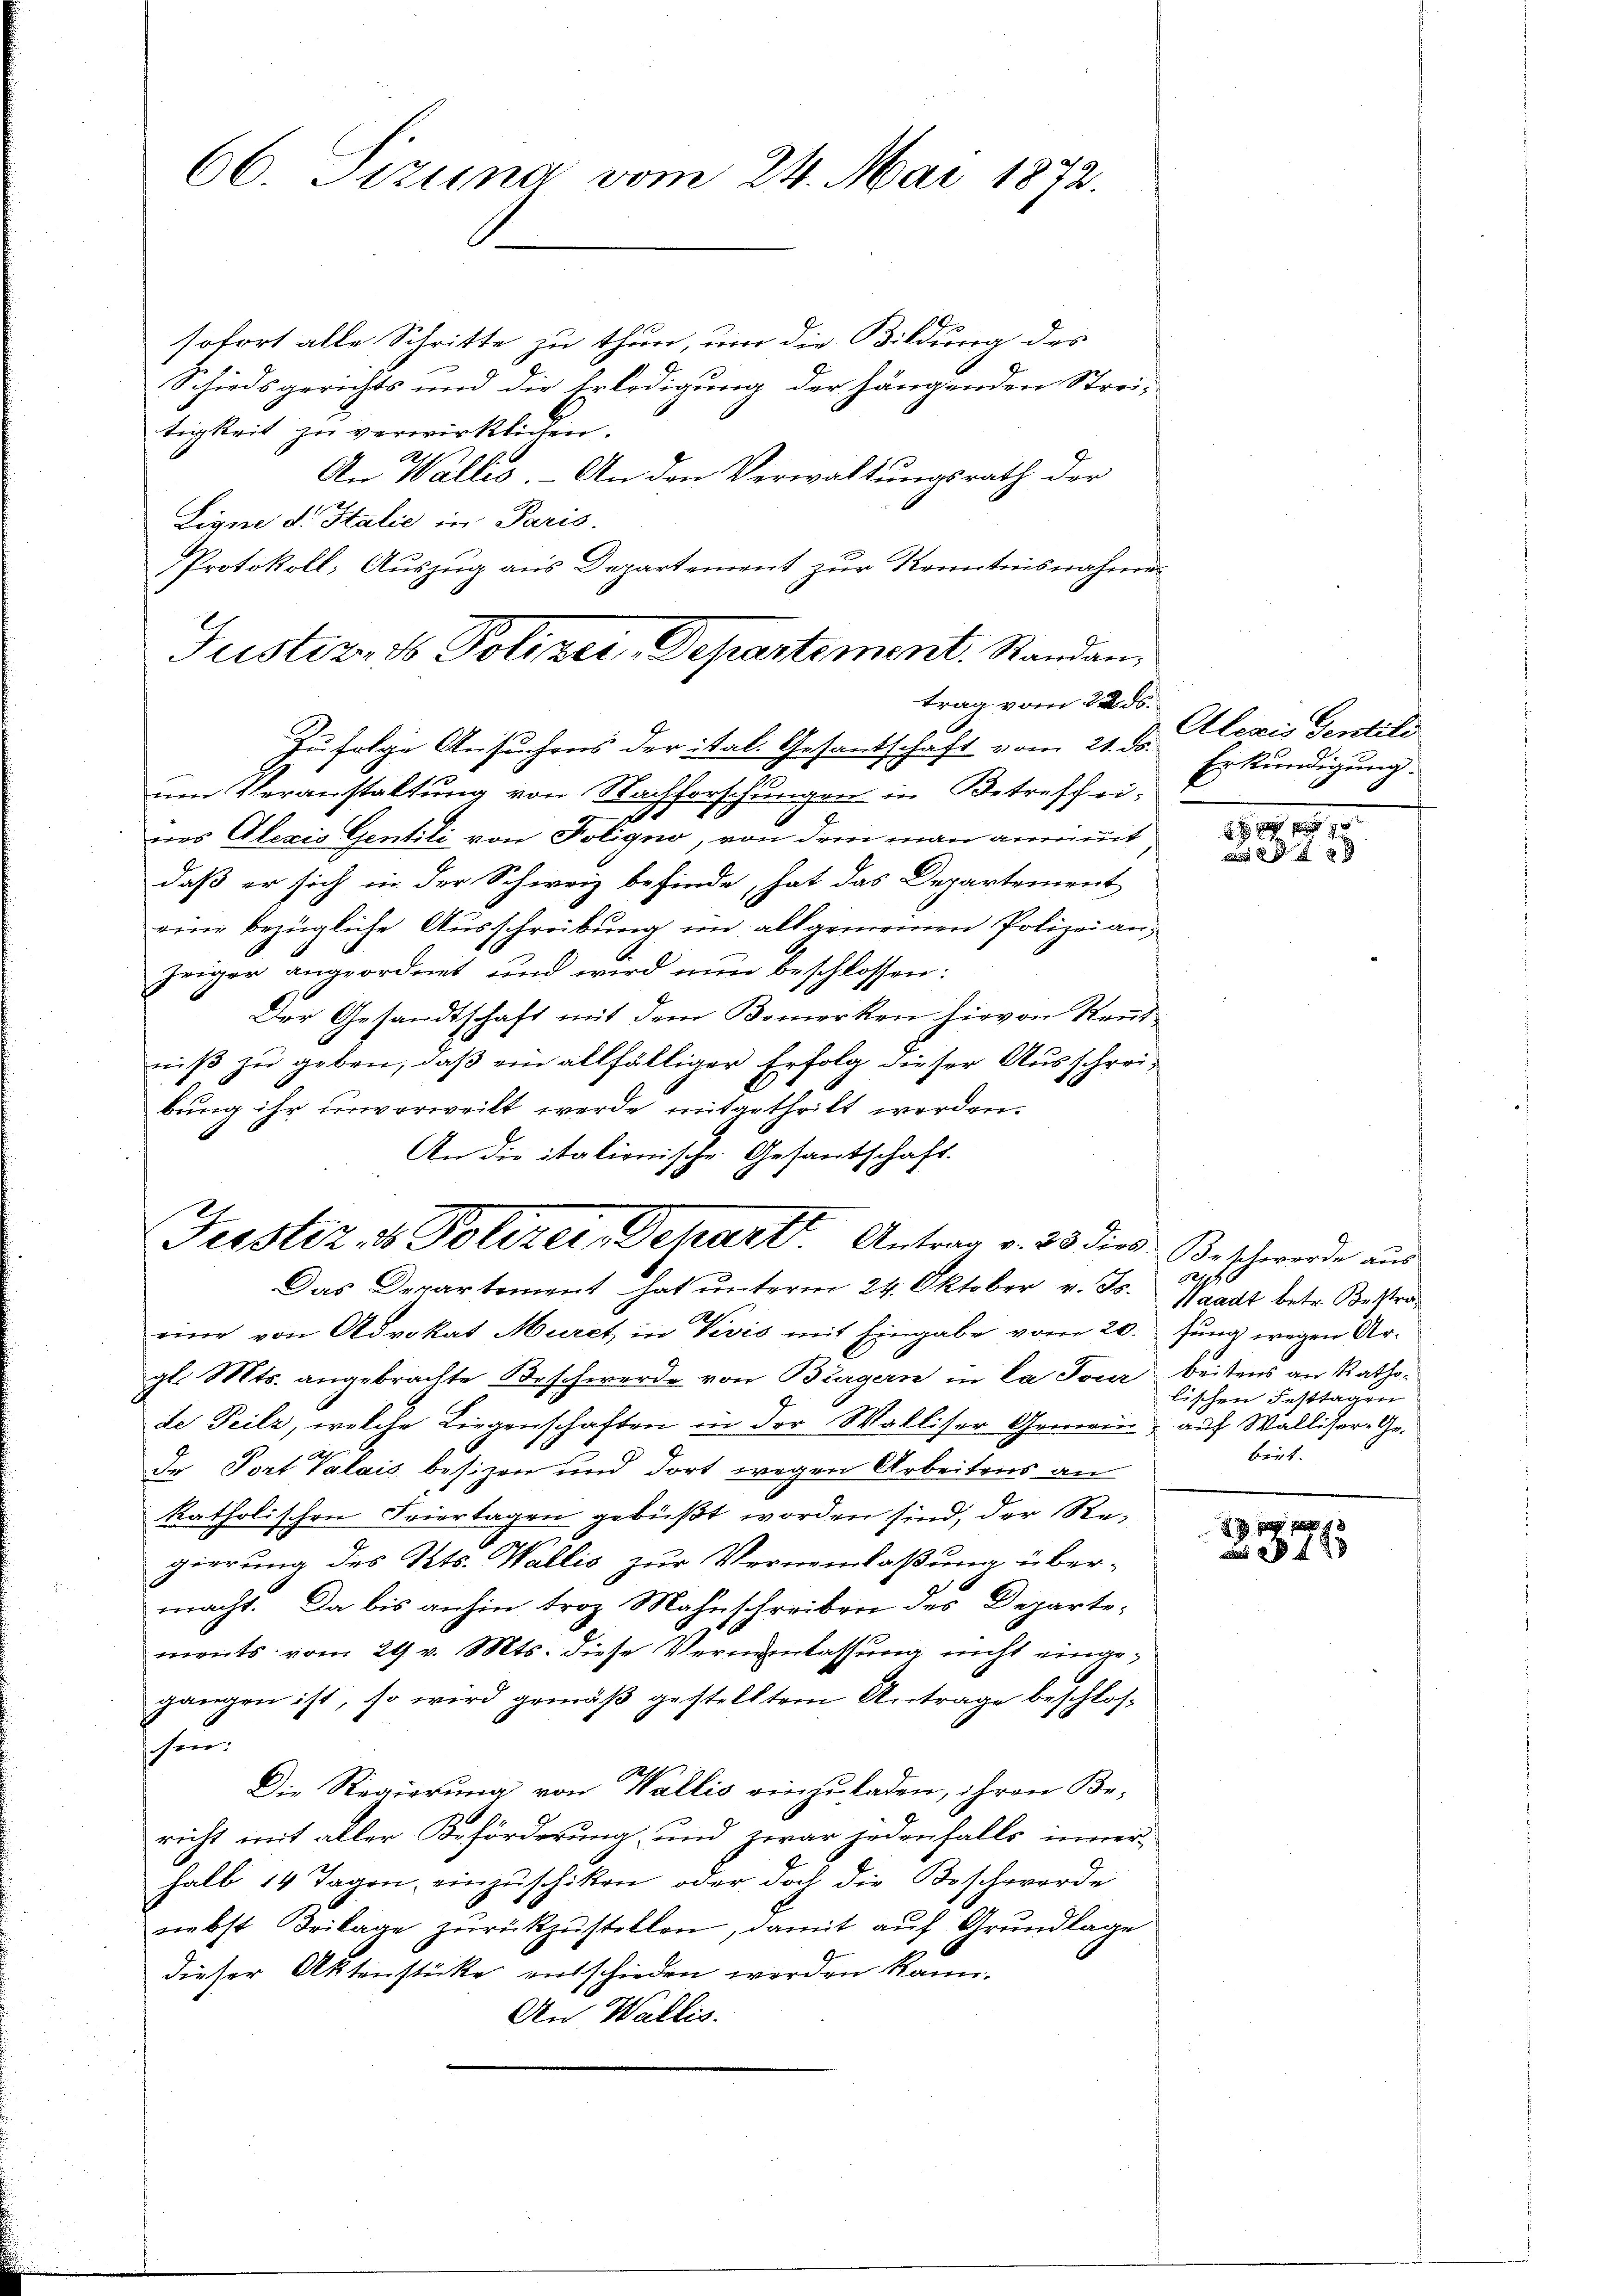
66. Pizuna vom 24. Mai 1872.

sofort alle Schritte zu thun, um die Bildung des
Schiedsgerichts und die Erledigung der hängenden Strei-
tigkeit zu verwirklichen.
An Wallis. – An den Verwaltungsrath der
Ligne d. Stalić in Paris.
Protokoll, Auszug aus Departement zur Kenntnisnahmen
Zufolge Ansuchens der ital. Gesantschaft vom 21. ds. Alexis Sentili
um Veranstaltung von Nachforschungen in Betreff ei-
nes Alexis Gentili von Foligno, von dem man annimmt
daß er sich in der Schweiz befinde, hat das Departement
eine bezügliche Ausschreibung im allgemeinen Polizeianzeiger angeordnet und wird nun beschlossen:
Der Gesandtschaft mit dem Bemerken hievon Neŭt-
niß zu geben, daß ein allfälliger Erfolg dieser Ausschreibung ihr unverweilt werde mitgetheilt werden.
An die italionische Gesantschaft.

Justiz- & Polizei, Departement. Standan¬

trag vom 22. ds.

Frsstiz & Polizer, Depart. Antrag v. 23 dies Beschwerde aus

Das Departement hat unterm 24. Oktober v. Js. Waadt betr. Bestrariere von Advokat Muret in Divis mit Eingabe vom 20.
gl. Mts. angebrachte Beschwerde von Burgern in la Tour beitens an Rathsde Teilz, welche Liegenschaften in der Walliser Gemein, auf Walliser-Ge¬
J
de Port Valais besizen und dort wegen Arbeitens an
katholischen Feiertagen gebüßt worden sind, der Regierung des Kts. Wallis zur Verneinlaßung übermacht. Da bis anhin troz Mahnschreiben des Departemonts vom 29 v. Mts. diese Veranlassung nicht eingegangen ist, so wird gemäß gestelltem Antrage beschlosschen.
Die Regierung von Wallis einzuladen, ihren Be-
richt mit aller Beförderung und zwar jedenfalls innerhalb 14 Tagen, einzuschiken, oder doch die Beschwerde
nebst Beilage zurückzustellen, damit auf Grundlage
dieser Aktenstücke entschieden werden kann.
An Wallis.

Erkundigung.

800
8 f 8 x

121740
fung wegen Arlischen Festtagen
birt.

1
 8 f 9 x